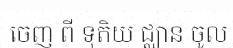
ចេញ ពី ទុតិយ ជ្ឈាន ចូល